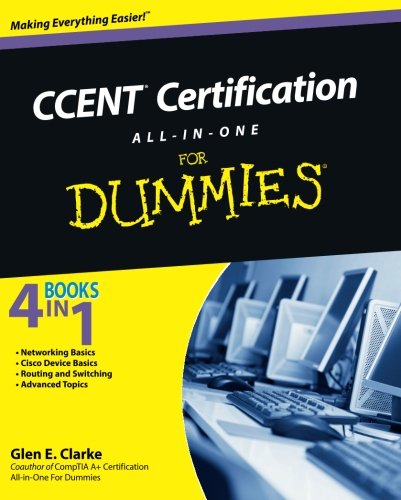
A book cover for CCENT Certification All-In-One For Dummies; Glen E. Clarke; Computers & Technology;